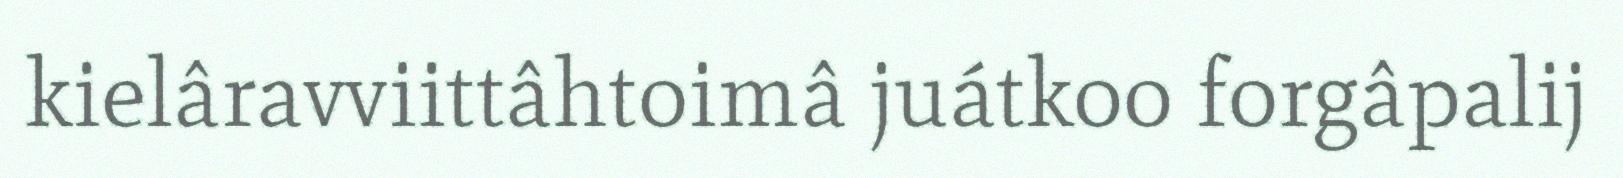
kielâravviittâhtoimâ juátkoo forgâpalij